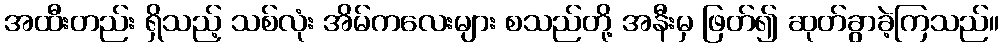
အထီးတည်း ရှိသည့် သစ်လုံး အိမ်ကလေးများ စသည်တို့ အနီးမှ ဖြတ်၍ ဆုတ်ခွာခဲ့ကြသည်။